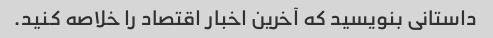
داستانی بنویسید که آخرین اخبار اقتصاد را خلاصه کنید.